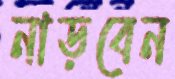
নাড়বেন